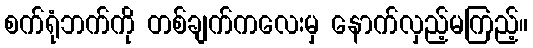
စက်ရုံဘက်ကို တစ်ချက်ကလေးမှ နောက်လှည့်မကြည့်။